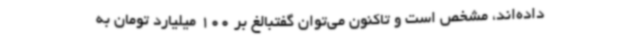
داده‌اند، مشخص است و تاکنون می‌توان گفتبالغ بر 100 میلیارد تومان به